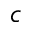
c